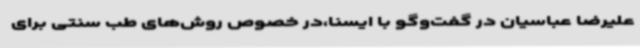
علیرضا عباسیان در گفت‌وگو با ایسنا،‌در خصوص روش‌های طب سنتی برای